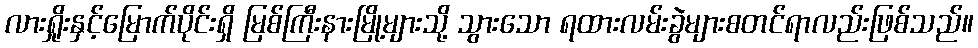
လားရှိုးနှင့်မြောက်ပိုင်းရှိ မြစ်ကြီးနားမြို့များသို့ သွားသော ရထားလမ်းခွဲများစတင်ရာလည်းဖြစ်သည်။